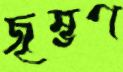
জৃম্ভণ